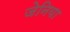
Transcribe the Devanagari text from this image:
जेनिया